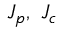
J _ { p } , \ J _ { c }